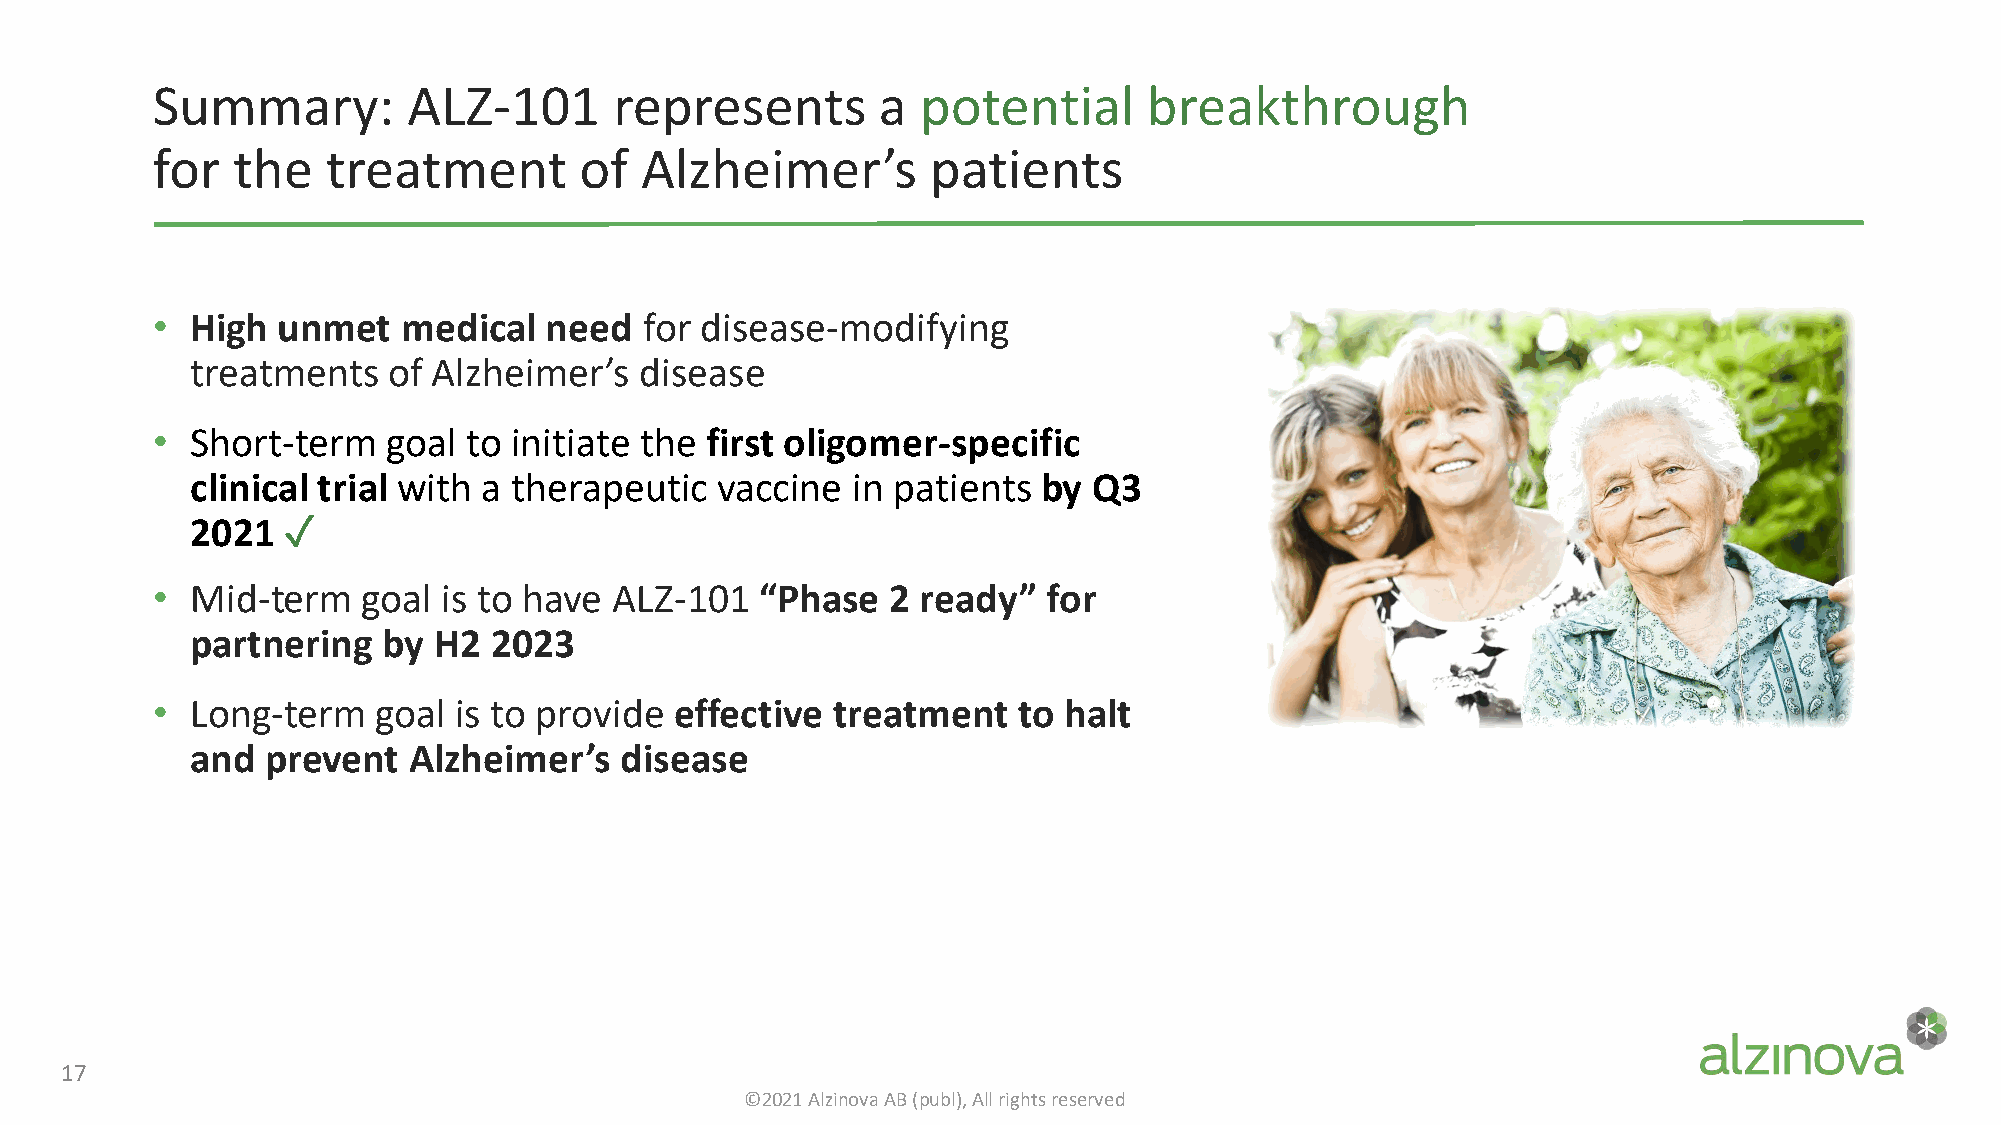
Summary:         ALZ-101       represents       a  potential      breakthrough
 for  the    treatment       of  Alzheimer’s         patients
 •  High unmet    medical  need   for disease-modifying
 treatments   of Alzheimer’s  disease
 •  Short-term   goal to initiate the first oligomer-specific
 clinical trial with a therapeutic vaccine  in patients  by Q3
 2021
 ✓
 •  Mid-term   goal is to have  ALZ-101  “Phase   2 ready”  for
 partnering  by  H2 2023
 •  Long-term   goal is to provide  effective treatment   to halt
 and  prevent  Alzheimer’s   disease
 17
 ©2021 Alzinova AB (publ), All rights reserved